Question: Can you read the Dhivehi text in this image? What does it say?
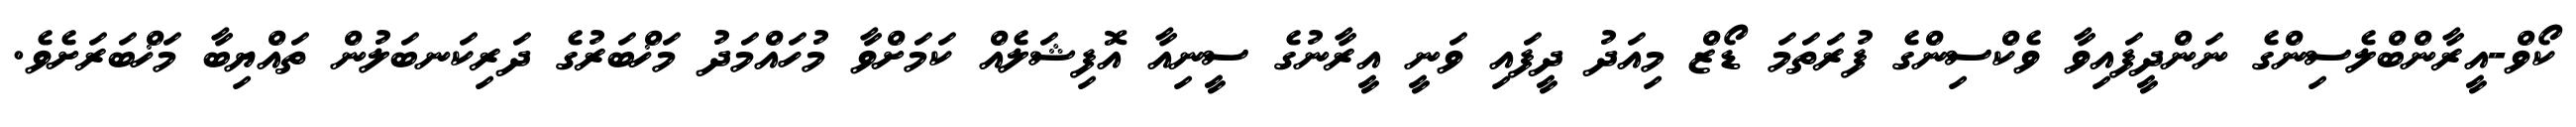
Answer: ކޯވް-އީރާންބްލެސިންގެ ނަންދީފައިވާ ވެކްސިންގެ ފުރަތަމަ ޑޯޒް މިއަދު ދީފައި ވަނީ އީރާނުގެ ސީނިއާ އޮފިޝަލެއް ކަމަށްވާ މުހައްމަދު މަޚްބަރުގެ ދަރިކަނބަލުން ތައްޔިބާ މަޚްބަރަށެވެ.